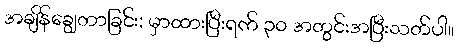
အချိန်ချွေတာခြင်း: မှာထားပြီးရက် ၃၀ အတွင်းအပြီးသတ်ပါ။